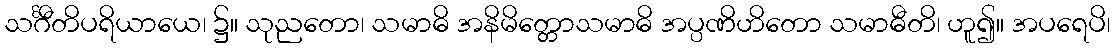
သင်္ဂီတိပရိယာယေ၊ ၌။ သုညတော၊ သမာဓိ အနိမိတ္တောသမာဓိ အပ္ပဏိဟိတော သမာဓီတိ၊ ဟူ၍။ အပရေပိ၊